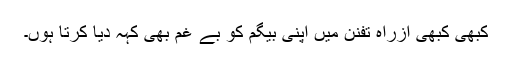
کبھی کبھی ازراہ تفنن میں اپنی بیگم کو بے غم بھی کہہ دیا کرتا ہوں۔